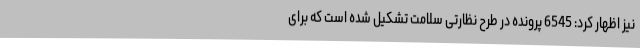
نیز اظهار کرد: 6545 پرونده در طرح نظارتی سلامت تشکیل شده است که برای